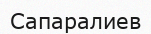
Сапаралиев